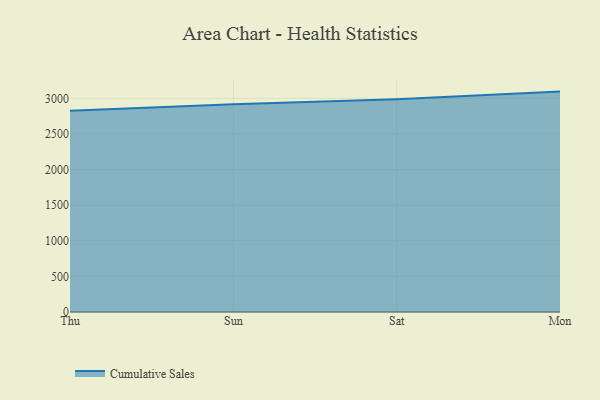
{"axis": {"x": "Day", "y": "Revenue (USD Million)"}, "legend": ["Cumulative Sales"], "data": [{"x": "Thu", "y": 2825.5, "type": "Cumulative Sales"}, {"x": "Sun", "y": 2916.0, "type": "Cumulative Sales"}, {"x": "Sat", "y": 2987.3, "type": "Cumulative Sales"}, {"x": "Mon", "y": 3094.5, "type": "Cumulative Sales"}]}